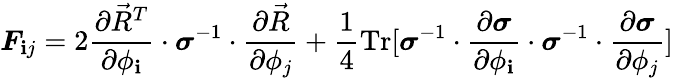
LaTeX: \boldsymbol{F}_{\mathbf{i}j}=2\frac{{\partial\vec{{R}}^{T}}}{{\partial\phi_{\mathbf{i}}}}\cdot\boldsymbol{\sigma}^{-1}\cdot\frac{{\partial\vec{{R}}}}{{\partial\phi_{j}}}+\frac{{1}}{{4}}\mathrm{{Tr}}[\boldsymbol{\sigma}^{-1}\cdot\frac{{\partial\boldsymbol{\sigma}}}{{\partial\phi_{\mathbf{i}}}}\cdot\boldsymbol{\sigma}^{-1}\cdot\frac{{\partial\boldsymbol{\sigma}}}{{\partial\phi_{j}}}]